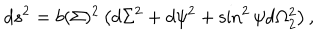
d s ^ { 2 } = b ( \Sigma ) ^ { 2 } \left( d \Sigma ^ { 2 } + d \psi ^ { 2 } + \sin ^ { 2 } \psi d \Omega _ { 2 } ^ { 2 } \right) ,